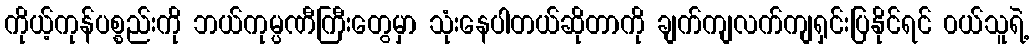
ကိုယ့်ကုန်ပစ္စည်းကို ဘယ်ကုမ္ပဏီကြီးတွေမှာ သုံးနေပါတယ်ဆိုတာကို ချက်ကျလက်ကျရှင်းပြနိုင်ရင် ၀ယ်သူရဲ့